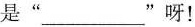
是” ___ ”呀！